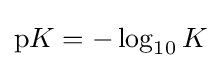
\mathrm {p} K=-\log _{10}K